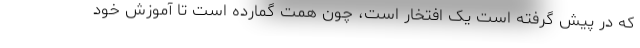
که در پیش گرفته است یک افتخار است، چون همت گمارده است تا آموزش خود